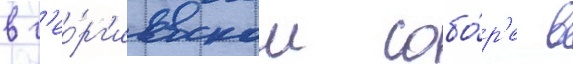
в г'ео́рг'иевском собо́р'е в